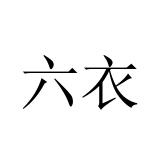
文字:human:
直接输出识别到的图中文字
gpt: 六衣